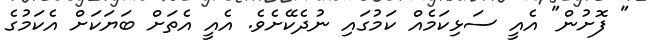
" ފޮށުން" އެއީ ސަޅިކަމެއް ކަމުގައި ނުދެކޭށެވެ. އެއީ އެތަށް ބަޔަކަށް އެކަމުގެ